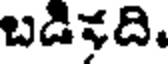
బడికది.